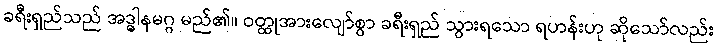
ခရီးရှည်သည် အဒ္ဓါနမဂ္ဂ မည်၏။ ဝတ္ထုအားလျော်စွာ ခရီးရှည် သွားရသော ရဟန်းဟု ဆိုသော်လည်း